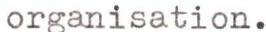
organisation.